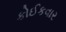
કોઈકવાર